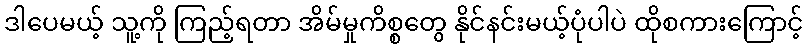
ဒါပေမယ့် သူ့ကို ကြည့်ရတာ အိမ်မှုကိစ္စတွေ နိုင်နင်းမယ့်ပုံပါပဲ ထိုစကားကြောင့်